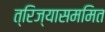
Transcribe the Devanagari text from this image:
त्रिज्यासममित